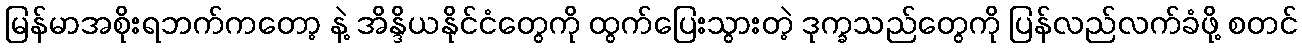
မြန်မာအစိုးရဘက်ကတော့ နဲ့ အိန္ဒိယနိုင်ငံတွေကို ထွက်ပြေးသွားတဲ့ ဒုက္ခသည်တွေကို ပြန်လည်လက်ခံဖို့ စတင်